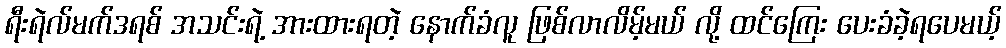
ရီးရဲလ်မက်ဒရစ် အသင်းရဲ့ အားထားရတဲ့ နောက်ခံလူ ဖြစ်လာလိမ့်မယ် လို့ ထင်ကြေး ပေးခံခဲ့ရပေမယ့်